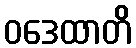
ဝဒေထာတိ